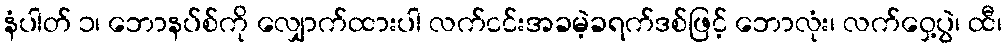
နံပါတ် ၁၊ ဘောနပ်စ်ကို လျှောက်ထားပါ လက်ငင်းအခမဲ့ခရက်ဒစ်ဖြင့် ဘောလုံး၊ လက်ဝှေ့ပွဲ၊ ထီ၊